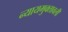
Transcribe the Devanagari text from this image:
न्यायमुक्तावली